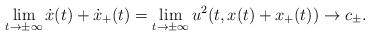
LaTeX: \begin{align*}\lim_{t\to\pm\infty}\dot{x}(t)+\dot{x}_+(t)=\lim_{t\to\pm\infty}u^2(t,x(t)+x_+(t))\to c_\pm.\end{align*}